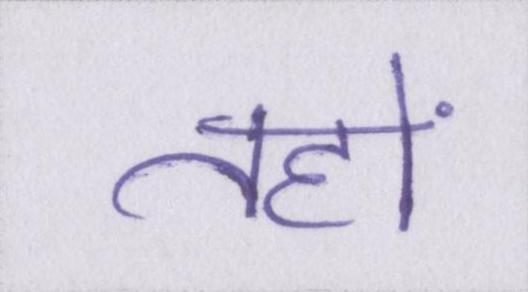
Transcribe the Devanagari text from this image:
तहों